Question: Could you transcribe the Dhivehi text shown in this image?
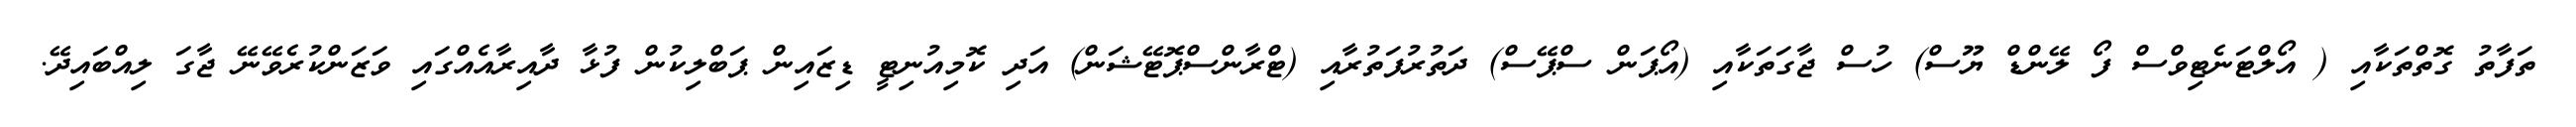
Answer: ތަފާތު ގޮތްތަކާއި ( އޯލްޓަނެޓިވްސް ފޯ ލޭންޑް ޔޫސް) ހުސް ޖާގަތަކާއި (އޯޕަން ސްޕޭސް) ދަތުރުފަތުރާއި (ޓްރާންސްޕޮޓޭޝަން) އަދި ކޮމިއުނިޓީ ޑިޒައިން ޕަބްލިކުން ފުޅާ ދާއިރާއެއްގައި ވަޒަންކުރެވޭނޭ ޖާގަ ލިއްބައިދޭ.